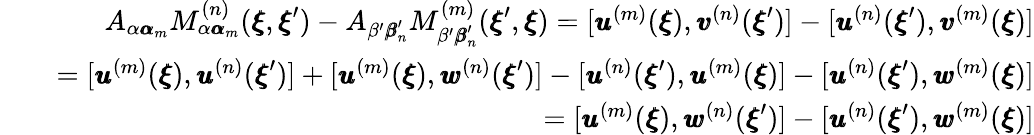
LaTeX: \begin{array}{rlr}&{}&{A_{\alpha{\pmb\alpha}_{m}}M_{\alpha{\pmb\alpha}_{m}}^{(n)}({\pmb\xi},{\pmb\xi}^{\prime})-A_{\beta^{\prime}{\pmb\beta}_{n}^{\prime}}M_{\beta^{\prime}{\pmb\beta}_{n}^{\prime}}^{(m)}({\pmb\xi}^{\prime},{\pmb\xi})=[{\pmb u}^{(m)}({\pmb\xi}),{\pmb v}^{(n)}({\pmb\xi}^{\prime})]-[{\pmb u}^{(n)}({\pmb\xi}^{\prime}),{\pmb v}^{(m)}({\pmb\xi})]}\\ &{}&{=[{\pmb u}^{(m)}({\pmb\xi}),{\pmb u}^{(n)}({\pmb\xi}^{\prime})]+[{\pmb u}^{(m)}({\pmb\xi}),{\pmb w}^{(n)}({\pmb\xi}^{\prime})]-[{\pmb u}^{(n)}({\pmb\xi}^{\prime}),{\pmb u}^{(m)}({\pmb\xi})]-[{\pmb u}^{(n)}({\pmb\xi}^{\prime}),{\pmb w}^{(m)}({\pmb\xi})]}\\ &{}&{=[{\pmb u}^{(m)}({\pmb\xi}),{\pmb w}^{(n)}({\pmb\xi}^{\prime})]-[{\pmb u}^{(n)}({\pmb\xi}^{\prime}),{\pmb w}^{(m)}({\pmb\xi})]}\end{array}